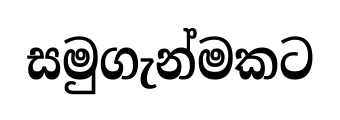
සමුගැන්මකට